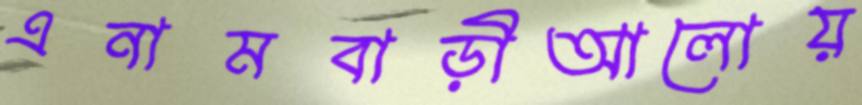
এনামবাড়ীআলোয়